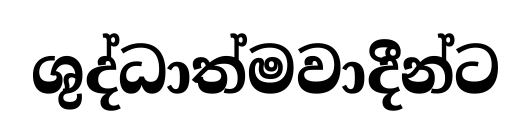
ශුද්ධාත්මවාදීන්ට